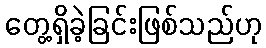
တွေ့ရှိခဲ့ခြင်းဖြစ်သည်ဟု